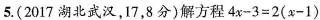
5.(2017湖北武汉，17，8分)解方程$$4x-3=2(x-1)$$。